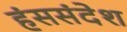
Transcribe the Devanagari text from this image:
हंससंदेश